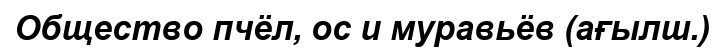
Общество пчёл, ос и муравьёв (ағылш.)